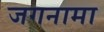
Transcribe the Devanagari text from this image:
जगनामा